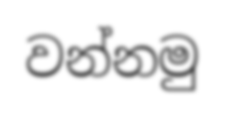
වන්නමු